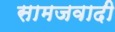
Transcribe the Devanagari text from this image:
सामजवादी